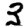
Digit: 3